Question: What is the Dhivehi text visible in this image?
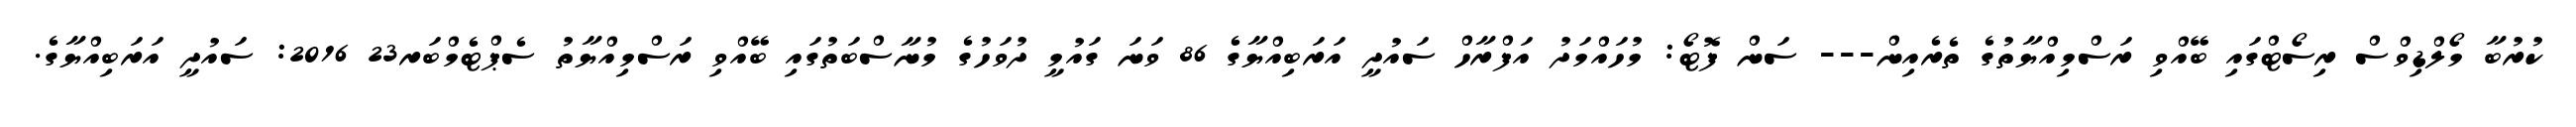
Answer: ކުރުބާ މޯލްޑިވްސް ރިސޯޓްގައި ބޭއްވި ރަސްމިއްޔާތުގެ ތެރެއިން--- ސަން ފޮޓޯ: މުހައްމަދު އަފްރާހް ސައުދީ އަރަބިއްޔާގެ 86 ވަނަ ގައުމީ ދުވަހުގެ މުނާސްބަތުގައި ބޭއްވި ރަސްމިއްޔާތު ސެޕްޓެމްބަރ23 2016: ސައުދީ އަރަބިއްޔާގެ.